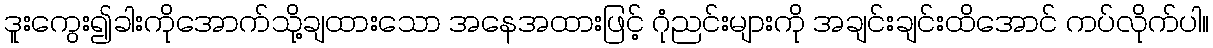
ဒူးကွေး၍ခါးကိုအောက်သို့ချထားသော အနေအထားဖြင့် ဂုံညင်းများကို အချင်းချင်းထိအောင် ကပ်လိုက်ပါ။